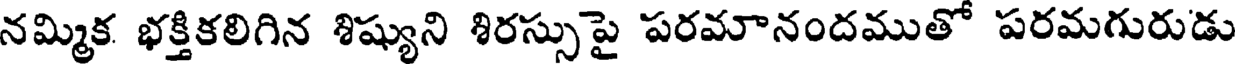
నమ్మిక భక్తికలిగిన శిష్యుని శిరస్సుపై పరమానందముతో పరమగురుడు